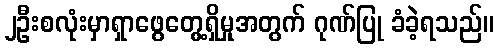
၂ဦးစလုံးမှာရှာဖွေတွေ့ရှိမှုအတွက် ဂုဏ်ပြု ခံခဲ့ရသည်။